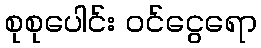
စုစုပေါင်း ဝင်ငွေရော